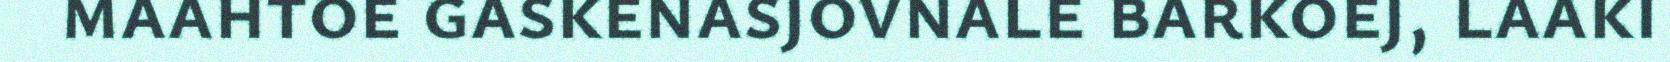
maahtoe gaskenasjovnale barkoej, laaki